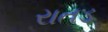
રાતડ